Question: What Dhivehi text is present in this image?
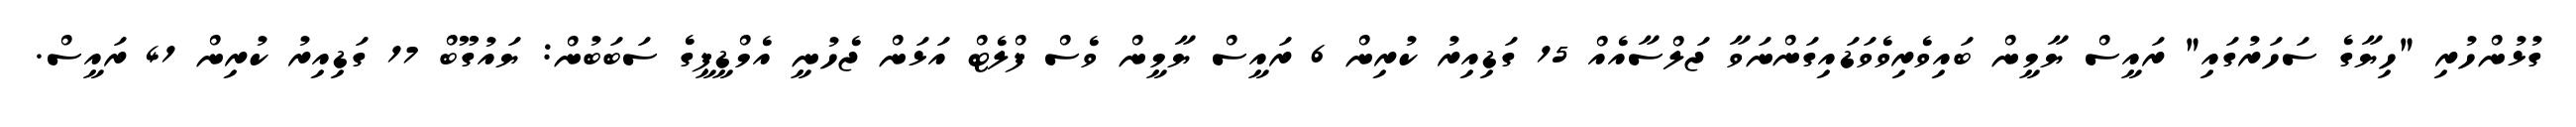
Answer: ގުޅުންހުރި "ހިޔާގެ ސަހަރުގައި" ރައީސް ޔާމީން ބައިވެރިވެވަޑައިގަންނަވާ ޖަލްސާއެއް 15 ގަޑިއިރު ކުރިން 6 ރައީސް ޔާމީން ވެސް ފްލެޓް އަޅަން ޖެހުނީ އެމްޑީޕީގެ ސަބަބުން: ޔައުގޫބް 17 ގަޑިއިރު ކުރިން 41 ރައީސް.